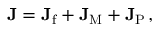
\mathbf { J } = \mathbf { J } _ { \mathrm { f } } + \mathbf { J } _ { \mathrm { M } } + \mathbf { J } _ { \mathrm { P } } \, ,